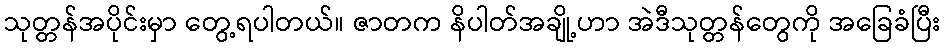
သုတ္တန်အပိုင်းမှာ တွေ့ရပါတယ်။ ဇာတက နိပါတ်အချို့ဟာ အဲဒီသုတ္တန်တွေကို အခြေခံပြီး